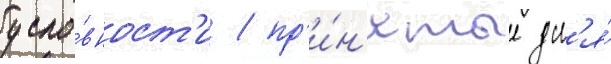
усло́вност'и / пр'и́н'ятые дл'я́